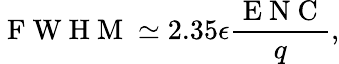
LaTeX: \mathrm{~F~W~H~M~}\simeq 2.35\epsilon\frac{\mathrm{~E~N~C~}}{q},